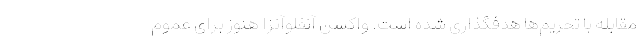
مقابله با تحریم‌ها هدفگذاری شده است. واکسن آنفلوآنزا هنوز برای عموم